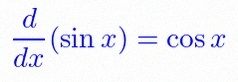
\frac{d}{dx}(\sin x)=\cos x